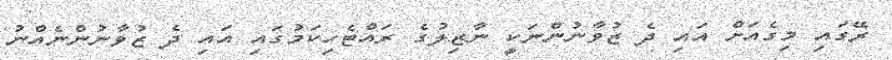
ރޭގައި މިގެއަށް އައި ދެ ޒުވާނުންނަކީ ނާޒިލުގެ ރައްޓެހިކަމުގައި އައި ދެ ޒުވާނުންނެއްނު